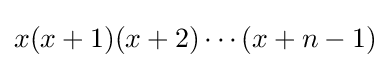
{\textstyle x(x+1)(x+2)\cdots (x+n-1)}